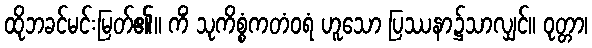
ထိုဘခင်မင်းမြတ်၏။ ကိံ သုကိစ္စံကတံဝရံ ဟူသော ပြဿနာ၌သာလျှင်။ ဝုတ္တာ၊